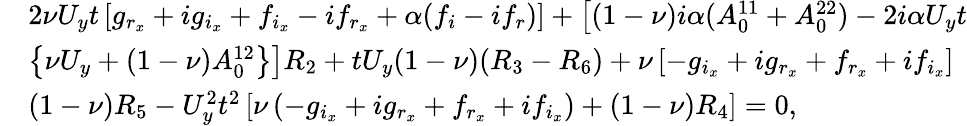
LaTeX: \begin{array}{rl}&{2\nu U_{y}t\left[g_{r_{x}}+ig_{i_{x}}+f_{i_{x}}-if_{r_{x}}+\alpha(f_{i}-if_{r})\right]+\left[(1-\nu)i\alpha(A_{0}^{11}+A_{0}^{22})-2i\alpha U_{y}t\right.}\\ &{\left.\left\{ \nu U_{y}+(1-\nu)A_{0}^{12}\right\} \right]R_{2}+tU_{y}(1-\nu)(R_{3}-R_{6})+\nu\left[-g_{i_{x}}+ig_{r_{x}}+f_{r_{x}}+if_{i_{x}}\right]}\\ &{(1-\nu)R_{5}-U_{y}^{2}t^{2}\left[\nu\left(-g_{i_{x}}+ig_{r_{x}}+f_{r_{x}}+if_{i_{x}}\right)+(1-\nu)R_{4}\right]=0,}\end{array}